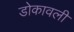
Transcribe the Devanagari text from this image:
डोकावली